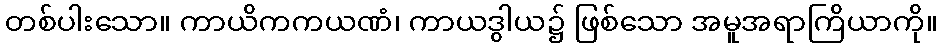
တစ်ပါးသော။ ကာယိကကယဏံ၊ ကာယဒွါယ၌ ဖြစ်သော အမူအရာကြိယာကို။